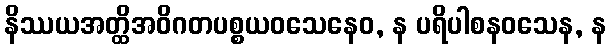
နိဿယအတ္ထိအဝိဂတပစ္စယဝသေနေဝ, န ပရိပါစနဝသေန, န